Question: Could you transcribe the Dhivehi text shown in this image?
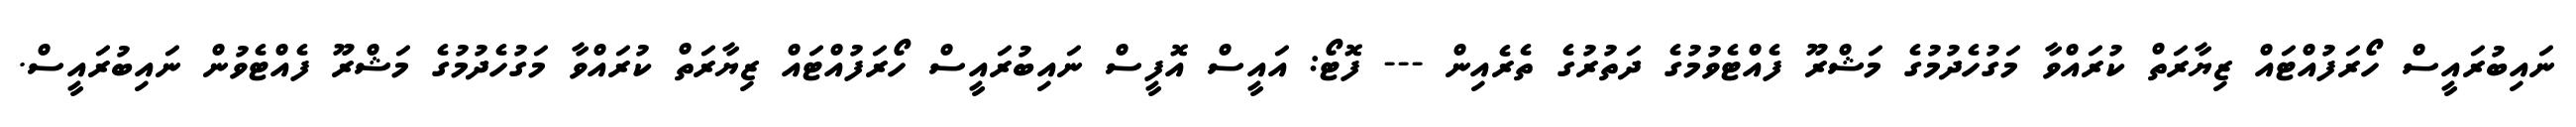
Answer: ނައިބުރައީސް ހޯރަފުއްޓައް ޒިޔާރަތް ކުރައްވާ މަގުހެދުމުގެ މަޝްރޫ ފެއްޓެވުމުގެ ދަތުރުގެ ތެރެއިން --- ފޮޓޯ: އައީސް އޮފީސް ނައިބުރައީސް ހޯރަފުއްޓައް ޒިޔާރަތް ކުރައްވާ މަގުހެދުމުގެ މަޝްރޫ ފެއްޓެވުން ނައިބުރައީސް.